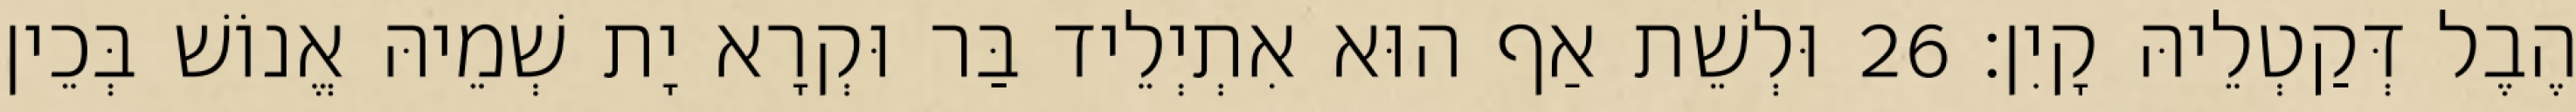
הֶבֶל דְּקַטְלֵיהּ קָיִן׃ 26 וּלְשֵׁת אַף הוּא אִתְיְלֵיד בַּר וּקְרָא יָת שְׁמֵיהּ אֱנוֹשׁ בְּכֵין